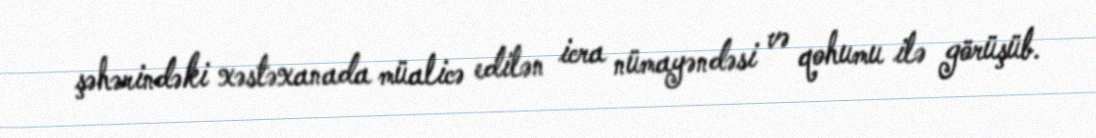
şəhərindəki xəstəxanada müalicə edilən icra nümayəndəsi və qohumu ilə görüşüb.